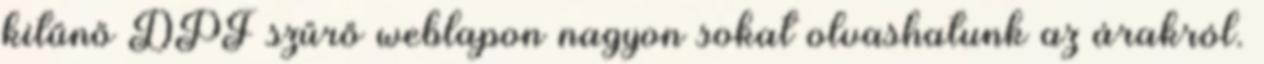
kitűnő DPF szűrő weblapon nagyon sokat olvashatunk az árakról.